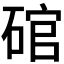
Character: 𮀩